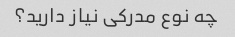
چه نوع مدرکی نیاز دارید؟